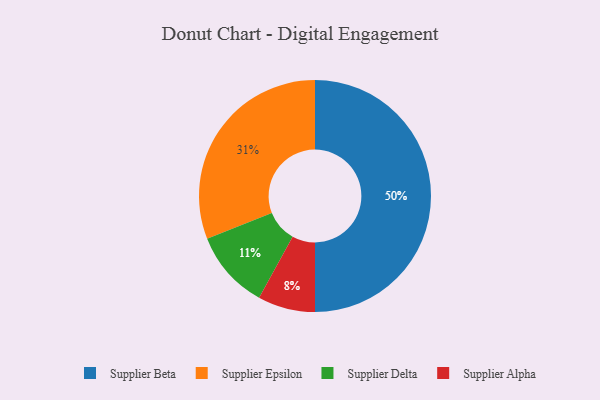
{"axis": {"x": "Category", "y": "Percentage"}, "legend": ["Supplier Alpha", "Supplier Beta", "Supplier Delta", "Supplier Epsilon"], "data": [{"x": "Supplier Alpha", "y": 8, "type": "Supplier Alpha"}, {"x": "Supplier Delta", "y": 11, "type": "Supplier Delta"}, {"x": "Supplier Epsilon", "y": 31, "type": "Supplier Epsilon"}, {"x": "Supplier Beta", "y": 50, "type": "Supplier Beta"}]}